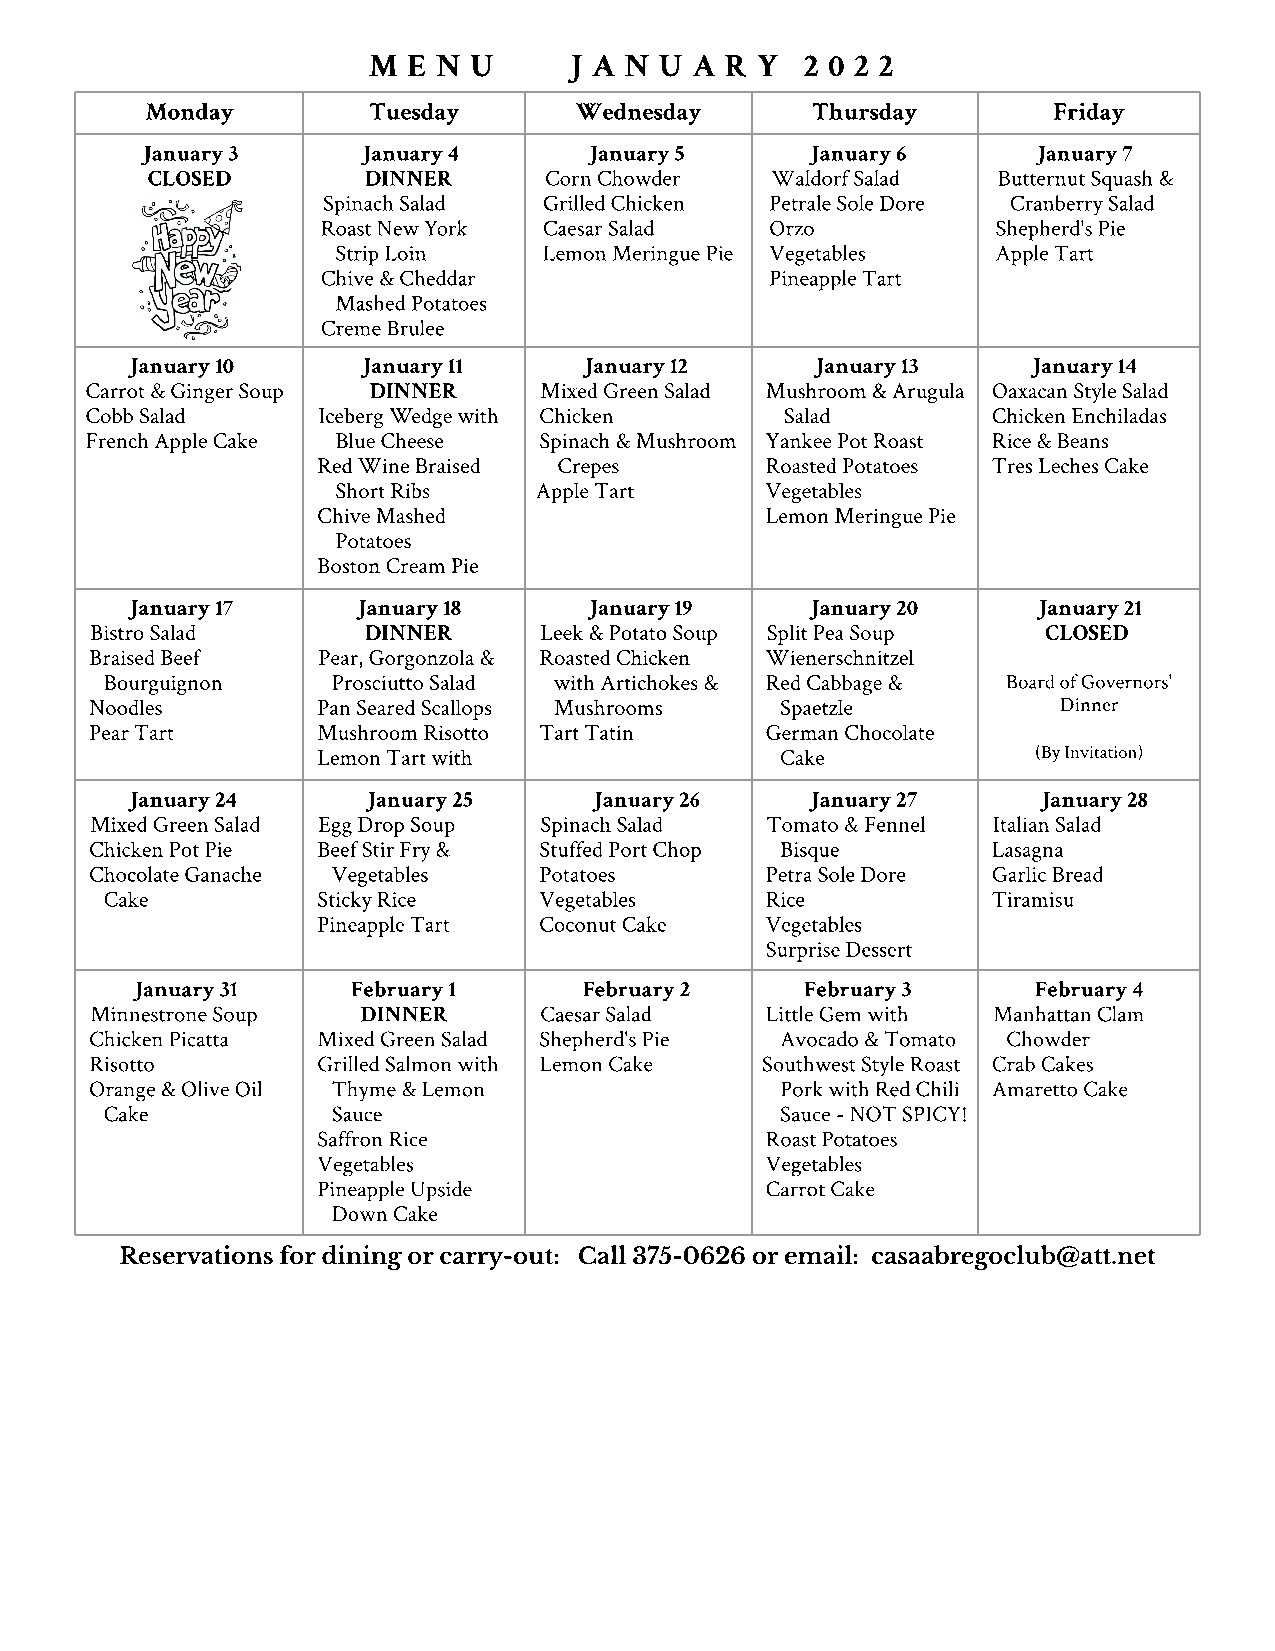
M  EN  U      J A N U A R Y  20  22
 Monday        Tuesday       Wednesday       Thursday        Friday
 January 3      January 4      January 5      January 6      January 7
 CLOSED        DINNER      Corn Chowder   Waldorf Salad  Butternut Squash &
 Spinach Salad  Grilled Chicken Petrale Sole Dore Cranberry Salad
 Roast New York Caesar Salad   Orzo           Shepherd's Pie
 Strip Loin    Lemon Meringue Pie Vegetables Apple Tart
 Chive & Cheddar               Pineapple Tart
 Mashed Potatoes
 Creme Brulee
 January 10      January 11     January 12     January 13    January 14
 Carrot & Ginger Soup DINNER   M i x e d Green Salad Mushroom & Arugula Oaxacan Style Salad
 Cobb Salad     Iceberg Wedge with Chicken     Salad         Chicken Enchiladas
 French Apple Cake Blue Cheese Spinach & Mushroom Yankee Pot Roast Rice & Beans
 Red Wine Braised Crepes       Roasted Potatoes Tres Leches Cake
 Short Ribs   A pple Tart     Vegetables
 Chive Mashed                  Lemon Meringue Pie
 Potatoes
 Boston Cream Pie
 January 17      January 18     January 19     January 20     January 21
 Bistro Salad      DINNER      L eek & Potato Soup Split Pea Soup CLOSED
 Braised Beef   Pear, Gorgonzola & Roasted Chicken Wienerschnitzel
 Bourguignon    Prosciutto Salad with Artichokes & Red Cabbage & Board of Governors'
 Noodles        Pan Seared Scallops Mushrooms  Spaetzle          Dinner
 Pear Tart      Mushroom Risotto Tart Tatin   German Chocolate
 Lemon Tart with                Cake             (By Invitation)
 January 24      January 25     January 26     January 27     January 28
 Mixed Green Salad Egg Drop Soup Spinach Salad T omato & Fennel Italian Salad
 Chicken Pot Pie Beef Stir Fry & Stuffed Port Chop Bisque    Lasagna
 Chocolate Ganache Vegetables  Potatoes       Petra Sole Dore Garlic Bread
 Cake          Sticky Rice    Vegetables     Rice           Tiramisu
 Pineapple Tart Coconut Cake   Vegetables
 Surprise Dessert
 January 31    February 1      February 2    February 3      February 4
 Minnestrone Soup  DINNER      C a esar Salad Little Gem with Manhattan Clam
 Chicken Picatta Mixed Green Salad S h epherd's Pie Avocado & Tomato C h o w der
 Risotto        Grilled Salmon with Lemon Cake Southwest Style Roast Crab Cakes
 Orange & Olive Oil Thyme & Lemon              Pork with Red Chili Amaretto Cake
 Cake           Sauce                         Sauce - NOT SPICY!
 Saffron Rice                  Roast Potatoes
 Vegetables                    Vegetables
 Pineapple Upside              Carrot Cake
 Down Cake
 Reservations for dining or carry-out: Call 375-0626 or email: casaabregoclub@att.net
 1